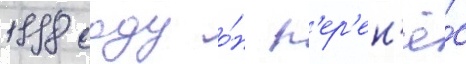
1998 году о́н п'ер'ен'ё́с